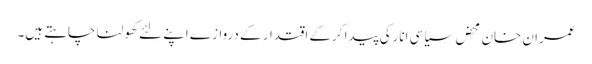
عمران خان محض سیاسی انارکی پیدا کرکے اقتدار کے دروازے اپنے لئے کھولنا چاہتے ہیں۔